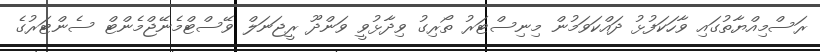
ރަސްމިއްޔާތުގައި ވާހަކަފުޅު ދައްކަވަމުން މިނިސްޓަރު ތޯރިގު ވިދާޅުވީ ވަންދޫ ރީޖަނަލް ވޭސްޓްމެނޭޖްމެންޓް ސެންޓަރުގެ